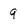
Character: 9